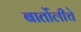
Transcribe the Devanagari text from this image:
बार्तोलीचे